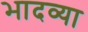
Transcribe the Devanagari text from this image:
भादव्या